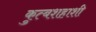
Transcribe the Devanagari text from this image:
कुत्बशहाशी